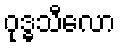
ဝုဒ္ဓသီလော